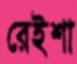
রেইশা